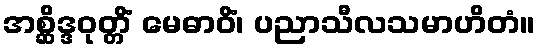
အစ္ဆိဒ္ဒဝုတ္တိံ မေဓာဝိံ၊ ပညာသီလသမာဟိတံ။